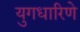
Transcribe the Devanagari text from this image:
युगधारिणे